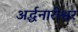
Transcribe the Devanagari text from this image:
अर्द्धनारीश्वर